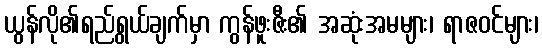
ယွန်လို၏ရည်ရွယ်ချက်မှာ ကွန်ဖူးဇီး၏ အဆုံးအမများ၊ ရာဇဝင်များ၊